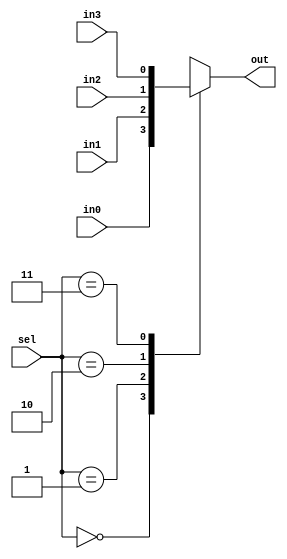
module mux4_1(out,in0,in1,in2,in3,sel);
	output out;
	input in0,in1,in2,in3;
	input[1:0] sel;
	reg out;
	always@(in0 or in1 or in2 or in3 or sel)
		case(sel)
			2'b00 : out=in0;
			2'b01 : out=in1;
			2'b10 : out=in2;
			2'b11 : out=in3;
			default : out=1'bx;
		endcase
endmodule